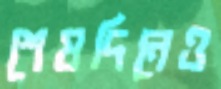
শেষদিনেও